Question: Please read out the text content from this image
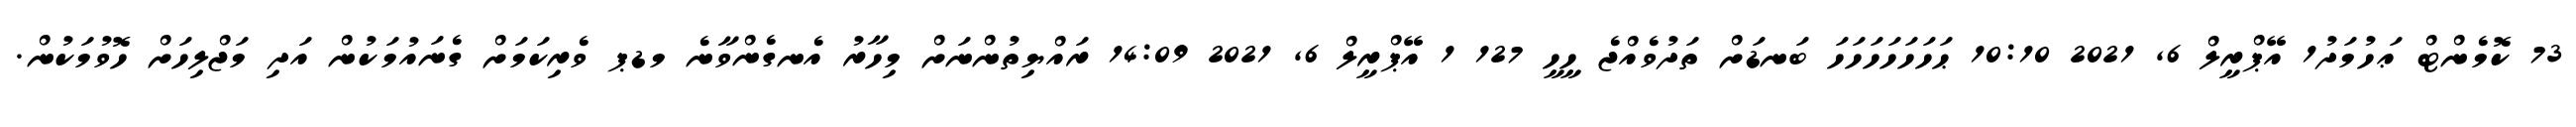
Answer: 73 ކޮމެންޓް ޢަހުމަދު1 އޭޕްރީލް 6, 2021 10:10 ޙަހަހަހަހަހަހަ ބަނޑަށް ތަދުވެއްޖެ ހީހީ 127 1 އޭޕްރީލް 6, 2021 14:09 ރައްޔިތުންނަށް މިހާރު އެނގެންވާނެ މޑޕ ވެރިކަމަށް ގެނައުމަކުން އަދި މަޖްލިހަށް ހޮވުމަކުން.